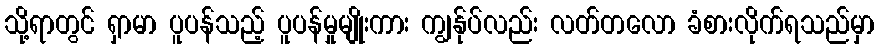
သို့ရာတွင် ရှာမာ ပူပန်သည့် ပူပန်မှုမျိုးကား ကျွန်ုပ်လည်း လတ်တလော ခံစားလိုက်ရသည်မှာ